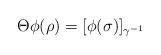
LaTeX: \begin{align*} \Theta\phi(\rho) = [\phi(\sigma)]_{\gamma^{-1}} \end{align*}